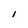
Character: I